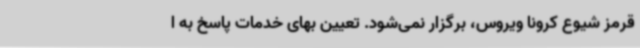
قرمز شیوع کرونا ویروس، برگزار نمی‌شود. تعیین بهای خدمات پاسخ به ا